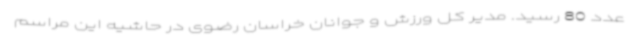
عدد 80 رسید. مدیر کل ورزش و جوانان خراسان رضوی در حاشیه این مراسم